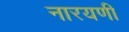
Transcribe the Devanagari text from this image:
नारयणी